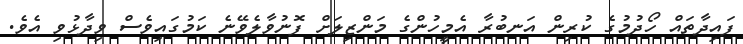
ފައިދާތައް ހޯދުމުގެ ކުރިން އަނބުރާ އެމީހުންގެ މަންޒިލަށް ފޮނުވާލެވޭނެ ކަމުގައިވެސް ވިދާޅުވި އެވެ.